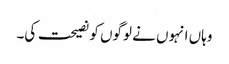
وہاں انہوں نے لوگوں کو نصیحت کی۔